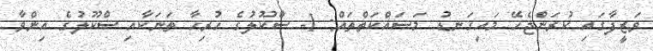
ވަޒީފާގައި ކުރަންޖެހޭ މައިގަނޑު މަސައްކަތްތައް: 1- ސްކޫލުގެ ހުރިހާ ތަނަކާއި ސްކޫލުގެ އިންވާ